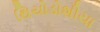
થિયોડોશીયા